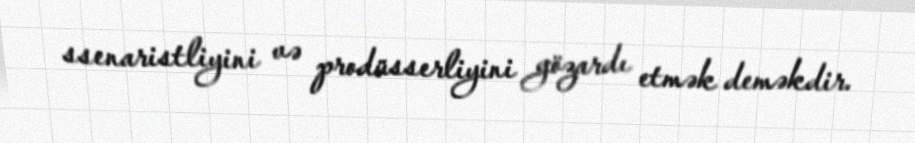
ssenaristliyini və prodüsserliyini gözardı etmək deməkdir.